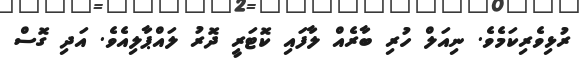
ރުޅިވެރިކަމެވެ. ނިއަލް ހުރި ބާރެއް ލާފައި ކޮޓަރީ ދޮރު ލައްޕާލިއެވެ. އަދި ގޮސް